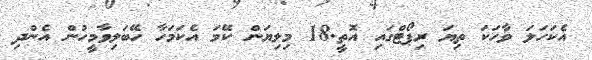
އެކަހަލަ ވާހަކަ ތިޔަ ރިޕޯޓްގައި އޮތީ.18 މިލިޔަން ކޭމަ އެކަމަހާ ހޭބަލިވާމީހުން އެންދި